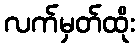
လက်မှတ်ထိုး